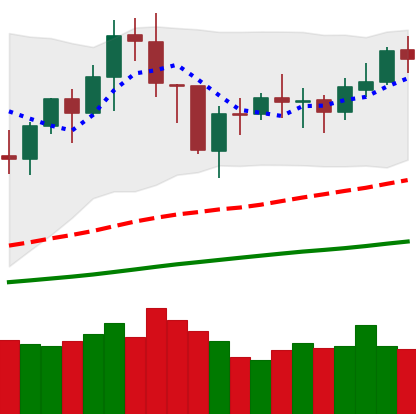
Ticker: BNB-USD
Chart end date: 2021-01-31
Forward return: 53.233%
Label: up_7plus